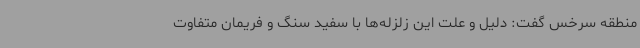
منطقه سرخس گفت: دلیل و علت این زلزله‌ها با سفید سنگ و فریمان متفاوت